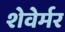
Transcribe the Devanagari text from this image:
शेवेर्मर